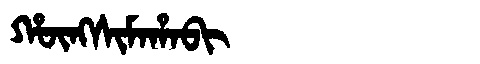
Manchu: ᡥᡡᠩᠰᡳᠮᠠᡥᠠᠪᡳ
Romanization: HŪNGSIMAHABI